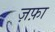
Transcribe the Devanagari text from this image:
ज़फ़ा